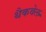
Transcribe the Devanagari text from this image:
थैकवेल